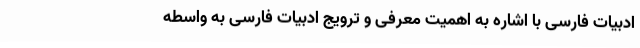
ادبیات فارسی با اشاره به اهمیت معرفی و ترویج ادبیات فارسی به واسطه